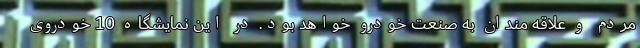
مردم و علاقه مندان به صنعت خودرو خواهد بود. در این نمایشگاه 10 خودروی